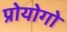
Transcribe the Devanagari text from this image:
प्रोयोगो